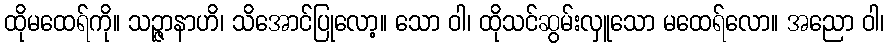
ထိုမထေရ်ကို။ သဉ္ဇာနာဟိ၊ သိအောင်ပြုလော့။ သော ဝါ၊ ထိုသင်ဆွမ်းလှူသော မထေရ်လော။ အညော ဝါ၊